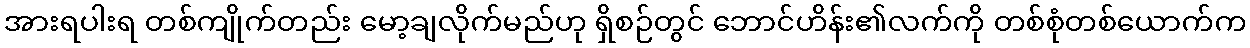
အားရပါးရ တစ်ကျိုက်တည်း မော့ချလိုက်မည်ဟု ရှိစဉ်တွင် ဘောင်ဟိန်း၏လက်ကို တစ်စုံတစ်ယောက်က